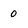
Character: 0